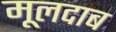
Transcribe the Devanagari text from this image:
मूलदाब